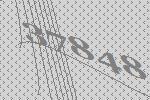
37848